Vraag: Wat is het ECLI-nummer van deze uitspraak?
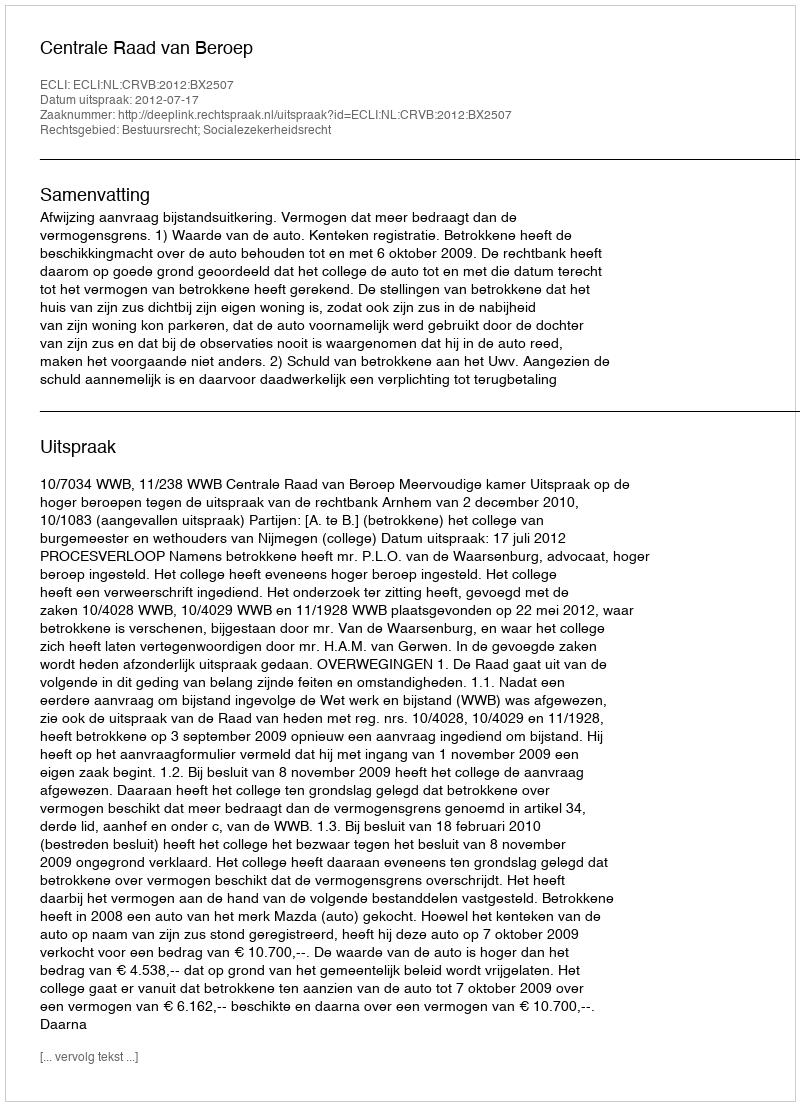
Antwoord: ECLI:NL:CRVB:2012:BX2507